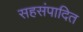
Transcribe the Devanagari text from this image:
सहसंपादित